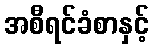
အစီရင်ခံစာနှင့်